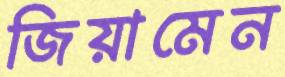
জিয়ামেন